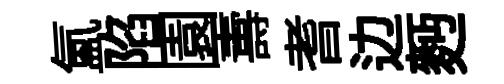
氲陷園夀耆边麪